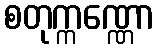
စတုက္ကဏ္ဏော